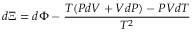
d \Xi = d \Phi - { \frac { T ( P d V + V d P ) - P V d T } { T ^ { 2 } } }